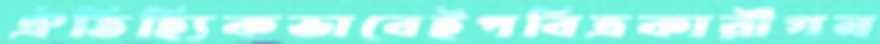
ঐতিহ্যিকভাবেইপবিত্রকারীগন